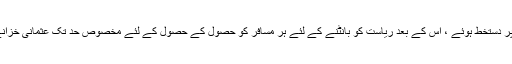
مراعات کے معاہدے میں ناجل میکرز کمپنی پر دستخط ہوئے ، اس کے بعد ریاست کو بانٹنے کے لئے ہر مسافر کو حصول کے حصول کے لئے مخصوص حد تک عثمانی خزانے کو 40 ہزار پاؤنڈ ایڈوانس بھی دیا جائے گا۔